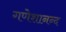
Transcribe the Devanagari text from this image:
गणेशानन्द